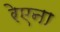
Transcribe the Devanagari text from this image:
रेएना